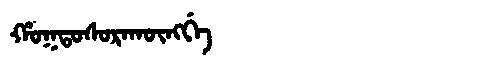
Manchu: ᡥᠣᡴᡨᠣᠰᠣᡵᠠᡴᡡᠩᡤᡝ
Romanization: HOKTOSORAKŪNGGE